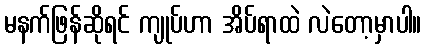
မနက်ဖြန်ဆိုရင် ကျုပ်ဟာ အိပ်ရာထဲ လဲတော့မှာပါ။